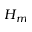
H _ { m }